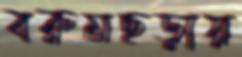
বরুমছড়ায়